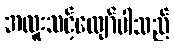
အထူးသင့်လျော်ပါသည်